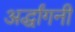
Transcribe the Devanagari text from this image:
अर्द्धांगनी